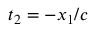
t _ { 2 } = - x _ { 1 } / c